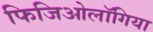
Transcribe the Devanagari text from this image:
फिजिओलॉगिया